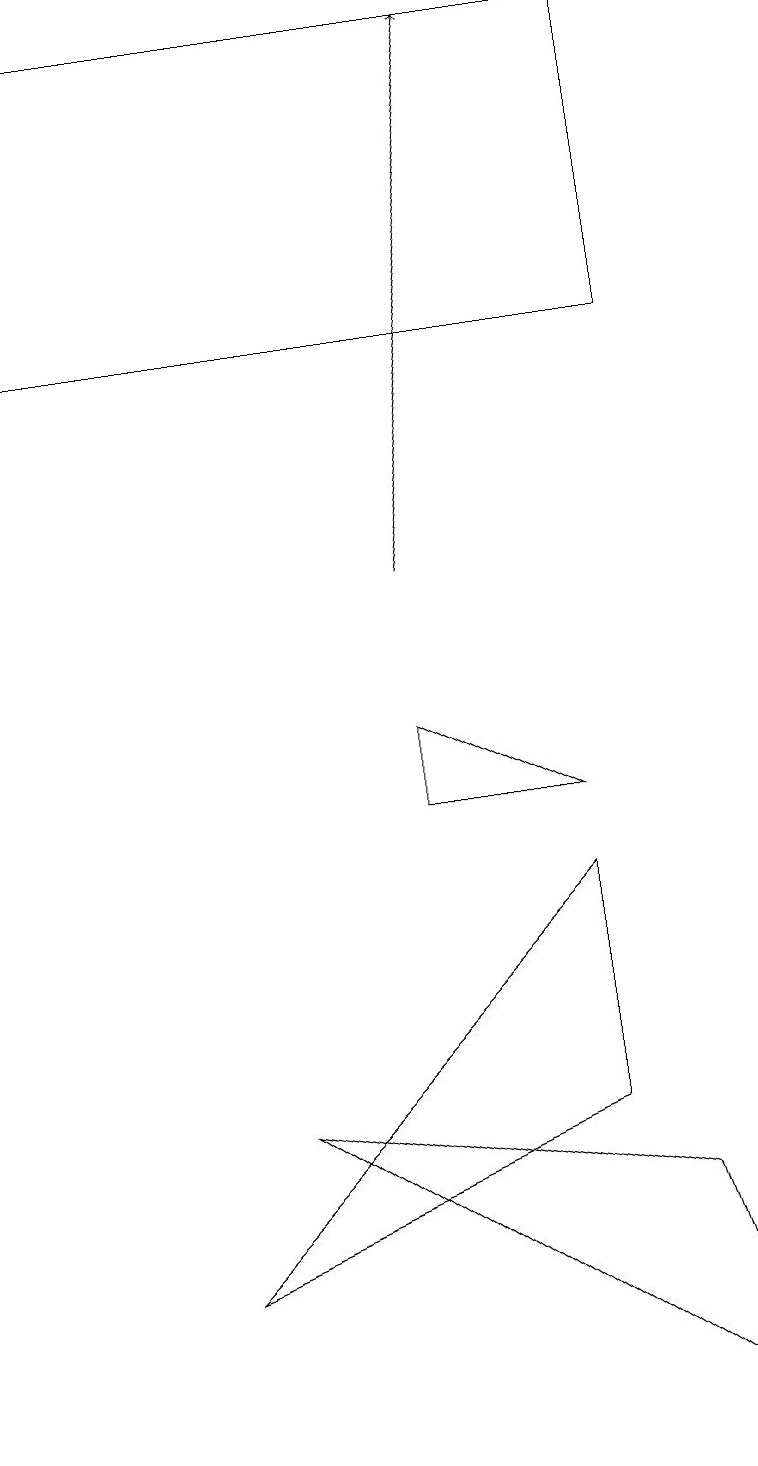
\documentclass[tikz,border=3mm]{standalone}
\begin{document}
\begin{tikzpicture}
\draw (7,4) -- (7,7) -- (2,2) -- cycle;
\draw (3,4) -- (8,3) -- (9,0) -- cycle;
\draw[->] (5,11) -- (6,18);
\draw (8,18) rectangle (0,14);
\draw (5,8) -- (7,8) -- (5,9) -- cycle;
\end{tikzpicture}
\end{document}